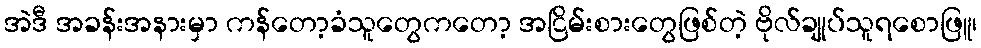
အဲဒီ အခန်းအနားမှာ ကန်တော့ခံသူတွေကတော့ အငြိမ်းစားတွေဖြစ်တဲ့ ဗိုလ်ချုပ်သူရစောဖြူ၊